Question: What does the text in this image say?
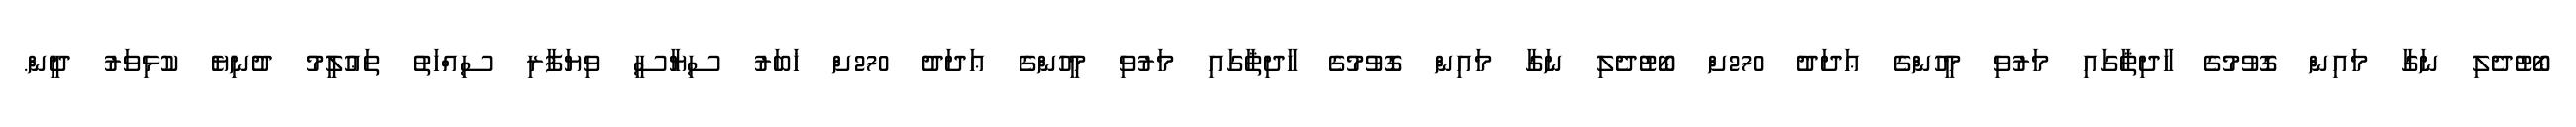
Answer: ބޯޓުދެލި ނަގާ މައިން ގޮވުމުގެ ހާދިޘާގައި މަރުވި މީހުންގެ ޢަދަދު 270ށް ބޯޓުދެލި ނަގާ މައިން ގޮވުމުގެ ހާދިޘާގައި މަރުވި މީހުންގެ ޢަދަދު 270ށް ޚަބަރު ސިޔާސީ ވިޔަފާރި ސިއްހަތު ތަޢުލީމު ދުނިޔެ ކުޅިވަރު ދީން.